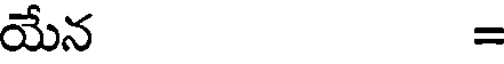
యేన =